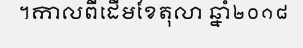
។កាលពីដើមខែតុលា ឆ្នាំ២០១៨